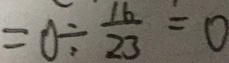
= 0 \div \frac { 1 6 } { 2 3 } = 0